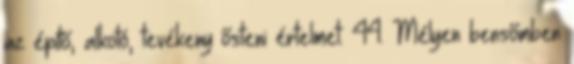
az építő, alkotó, tevékeny ősteni értelmet. 44. Mélyen bensőmben